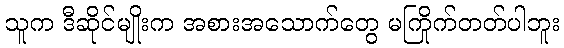
သူက ဒီဆိုင်မျိုးက အစားအသောက်တွေ မကြိုက်တတ်ပါဘူး